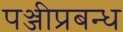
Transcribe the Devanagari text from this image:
पञ्जीप्रबन्ध